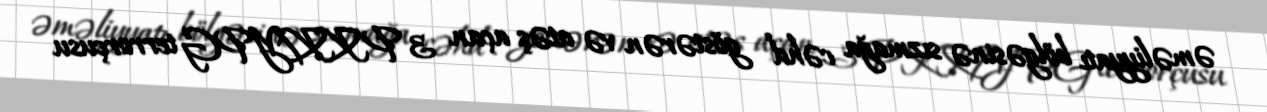
əməliyyatı bölgəsinə sızmağa cəhd göstərən və atəş açan 3 PKK/YPG terrorçusu